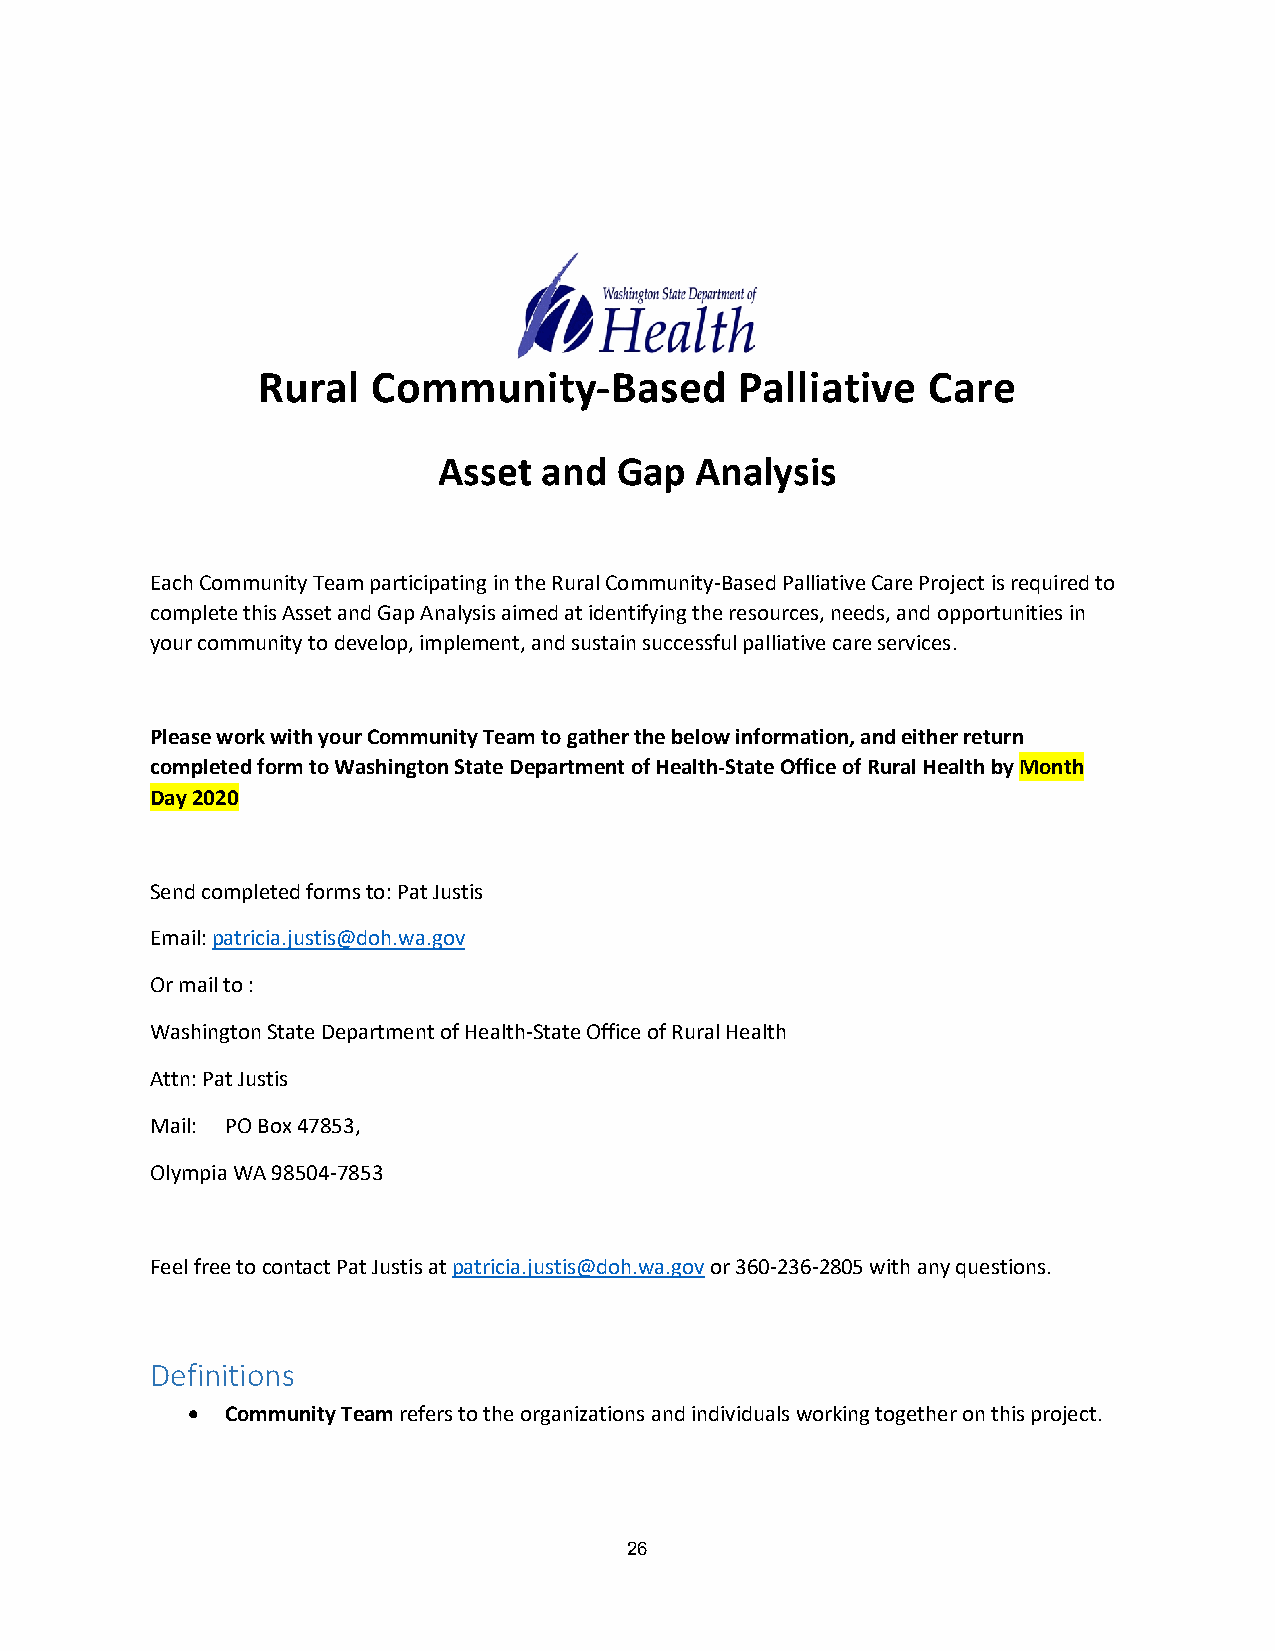
Rural   Community-Based         Palliative  Care
 Asset  and  Gap  Analysis
 Each Community Team participating in the Rural Community-Based Palliative Care Project is required to
 complete this Asset and Gap Analysis aimed at identifying the resources, needs, and opportunities in
 your community to develop, implement, and sustain successful palliative care services.
 Please work with your Community Team to gather the below information, and either return
 completed form to Washington State Department of Health-State Office of Rural Health by Month
 Day 2020
 Send completed forms to: Pat Justis
 Email: patricia.justis@doh.wa.gov
 Or mail to :
 Washington State Department of Health-State Office of Rural Health
 Attn: Pat Justis
 Mail: PO Box 47853,
 Olympia WA 98504-7853
 Feel free to contact Pat Justis at patricia.justis@doh.wa.gov or 360-236-2805 with any questions.
 Definitions
 •  Community Team refers to the organizations and individuals working together on this project.
 26